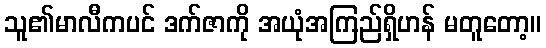
သူ၏မာလီကပင် ဒက်ဇာကို အယုံအကြည်ရှိဟန် မတူတော့။